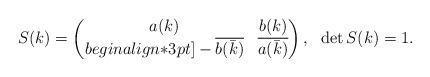
LaTeX: \begin{align*}S(k)=\begin{pmatrix}a(k) & b(k) \\begin{align*}3pt]-\overline{b(\bar{k})} & \overline{a(\bar{k})}\end{pmatrix}, \ \ \det S(k)=1.\end{align*}